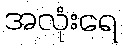
အလုံးရေ